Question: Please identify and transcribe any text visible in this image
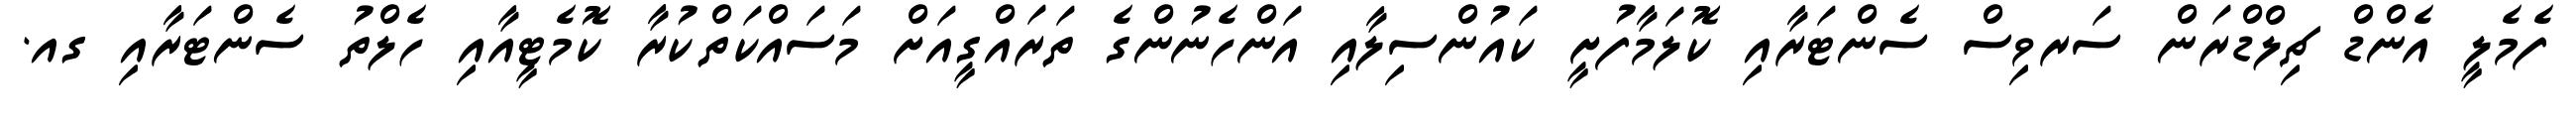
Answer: ފެމެލީ އެންޑް ޗިލްޑްރަން ސަރވިސް ސެންޓަރާއި ކޮލަމާފުށީ ކައުންސިލާއި އަންހެނުންގެ ތަރައްގީއަށް މަސައްކަތްކުރާ ކޮމެޓީއާއި ހެލްތު ސެންޓަރާއި ގއ.